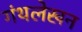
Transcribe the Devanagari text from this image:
गंथलेखन